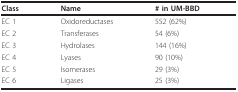
| Class | Name | # in UM-BBD |
 | --- | --- | --- |
 | EC 1 | Oxidoreductases | 552 (62%) |
 | EC 2 | Transferases | 54 (6%) |
 | EC 3 | Hydrolases | 144 (16%) |
 | EC 4 | Lyases | 90 (10%) |
 | EC 5 | Isomerases | 29 (3%) |
 | EC 6 | Ligases | 25 (3%) |